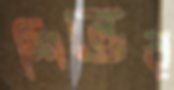
শিল্ডের